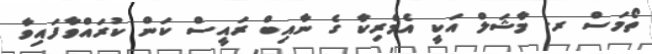
ތޯމަސް ރ. މާޝަލް އަކީ އެމެރިކާ ގެ ނާއިބް ރައީސް ކަން ކުރައްވާފައިވާ